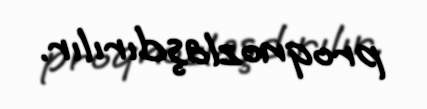
proqnozlaşdırılır.